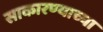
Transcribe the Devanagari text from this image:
साकारण्याच्या